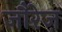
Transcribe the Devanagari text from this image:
जौरेज़